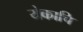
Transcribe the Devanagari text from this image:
येकाचि